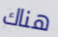
هناك